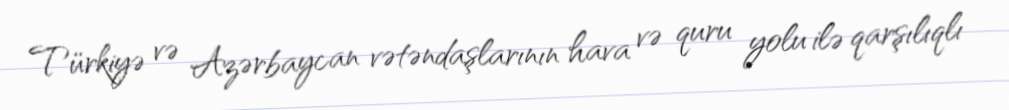
Türkiyə və Azərbaycan vətəndaşlarının hava və quru yolu ilə qarşılıqlı